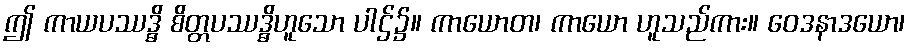
ဤ ကာယပဿဒ္ဓိ စိတ္တပဿဒ္ဓိဟူသော ပါဌ်၌။ ကာယောတ၊ ကာယော ဟူသည်ကား။ ဝေဒနာဒယော၊